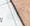
أنه